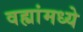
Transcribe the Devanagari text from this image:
वह्यांमध्ये